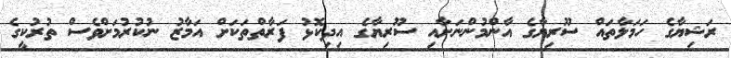
ރަޝިޔާގެ ހަމަލާތައް ސޫރިޔާގެ އާންމުންނަށާއި ސޫރިޔާގެ އިދިކޮޅު ފަރާތްތަކަށް އަމާޒު ނުކުރުމަށްވެސް ތުރުކީގެ